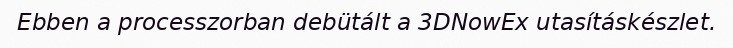
Ebben a processzorban debütált a 3DNowEx utasításkészlet.